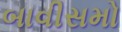
બાવીસમો